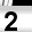
Digit: 2